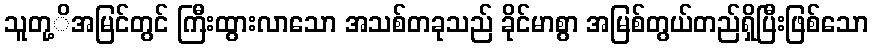
သူတု့ိအမြင်တွင် ကြီးထွားလာသော အသစ်တခုသည် ခိုင်မာစွာ အမြစ်တွယ်တည်ရှိပြီးဖြစ်သော